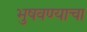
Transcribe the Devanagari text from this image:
भुषवण्याचा